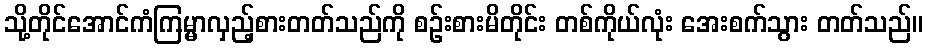
သို့တိုင်အောင်ကံကြမ္မာလှည့်စားတတ်သည်ကို စဉ်းစားမိတိုင်း တစ်ကိုယ်လုံး အေးစက်သွား တတ်သည်။